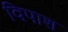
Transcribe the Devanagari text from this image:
विपाश